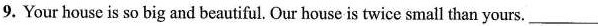
9. Your house is so big and beautiful. Our house is twice small than yours. ___